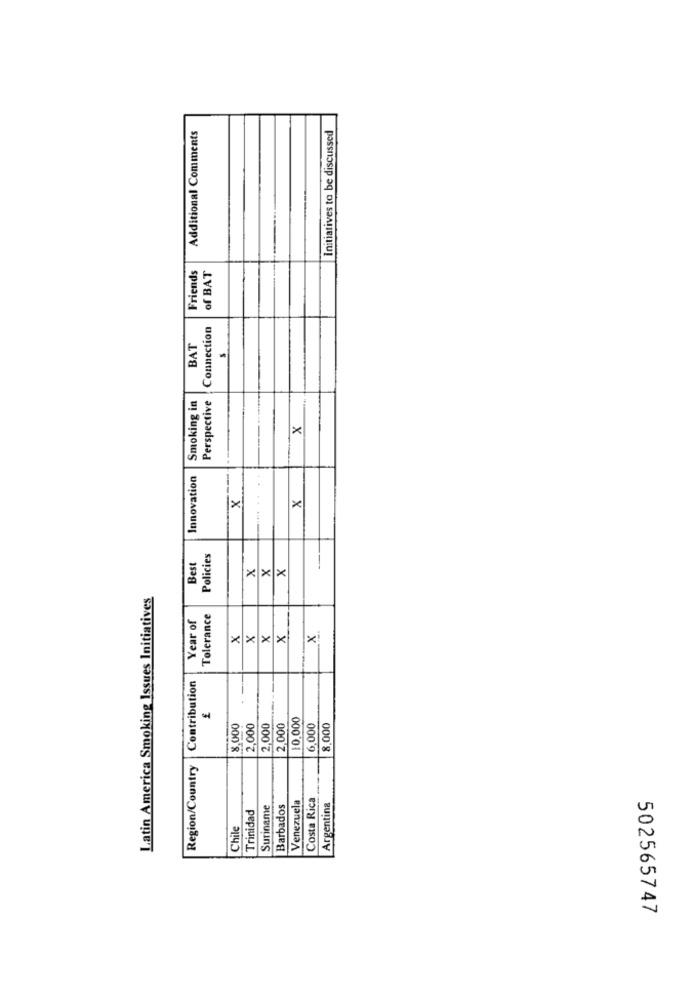
Additional Comments
Initiatives to be discussed
Friends
of BAT
Connection
BAT
Smoking in
Perspective
X
Innovation
X
... ..
X
Policies
Best
X
X
X
Latin America Smoking Issues Initiatives
Year of
Tolerance
X
X
X
X
X
Contribution
10,000
8,000
2,000
2,000
2,000
6,000
8,000
Region/Country
Costa Rica
Trinidad
Suriname
Barbados
Venezuela
Argentina
Chile
502565747